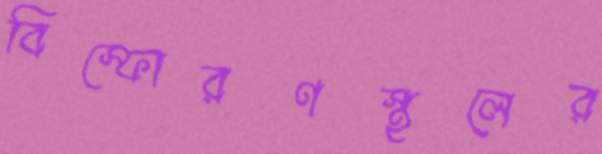
বিস্ফোরণস্থলের